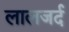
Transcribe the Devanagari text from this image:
लालजर्द